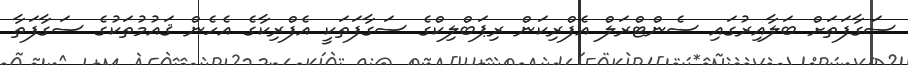
ސަގާފަތަށް ބަލާއިރުގައި ސެންޓްރަލް އެފްރިކަން ރިޕަބްލިކްގެ ސަގާފަތަކީ އެފްރިކާގެ އެހެން ޤައުމުތަކުގެ ސަގާފަތާ